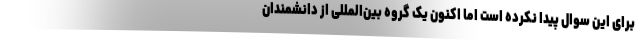
برای این سوال پیدا نکرده است اما اکنون یک گروه بین‌المللی از دانشمندان